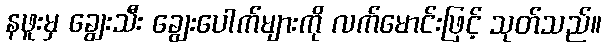
နဖူးမှ ချွေးသီး ချွေးပေါက်များကို လက်မောင်းဖြင့် သုတ်သည်။